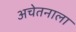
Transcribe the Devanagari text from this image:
अचेतनाला